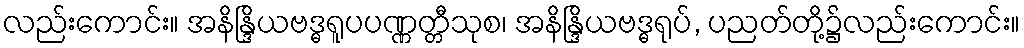
လည်းကောင်း။ အနိန္ဒြိယဗဒ္ဓရူပပဏ္ဏတ္တီသုစ၊ အနိန္ဒြိယဗဒ္ဓရုပ်, ပညတ်တို့၌လည်းကောင်း။